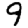
Digit: 9